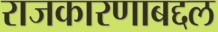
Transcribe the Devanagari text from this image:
राजकारणाबद्दल